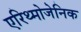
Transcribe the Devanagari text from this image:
एरिथ्मोजेनिक